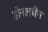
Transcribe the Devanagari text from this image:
डोनलबैन